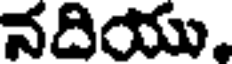
నదియు,